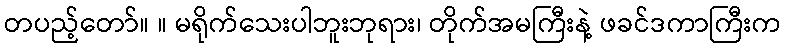
တပည့်တော်။ ။ မရိုက်သေးပါဘူးဘုရား၊ တိုက်အမကြီးနဲ့ ဖခင်ဒကာကြီးက